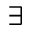
\exists